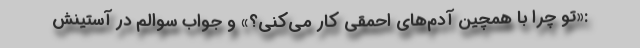
:«تو چرا با همچین آدم‌های احمقی کار می‌کنی؟» و جواب سوالم در آستینش